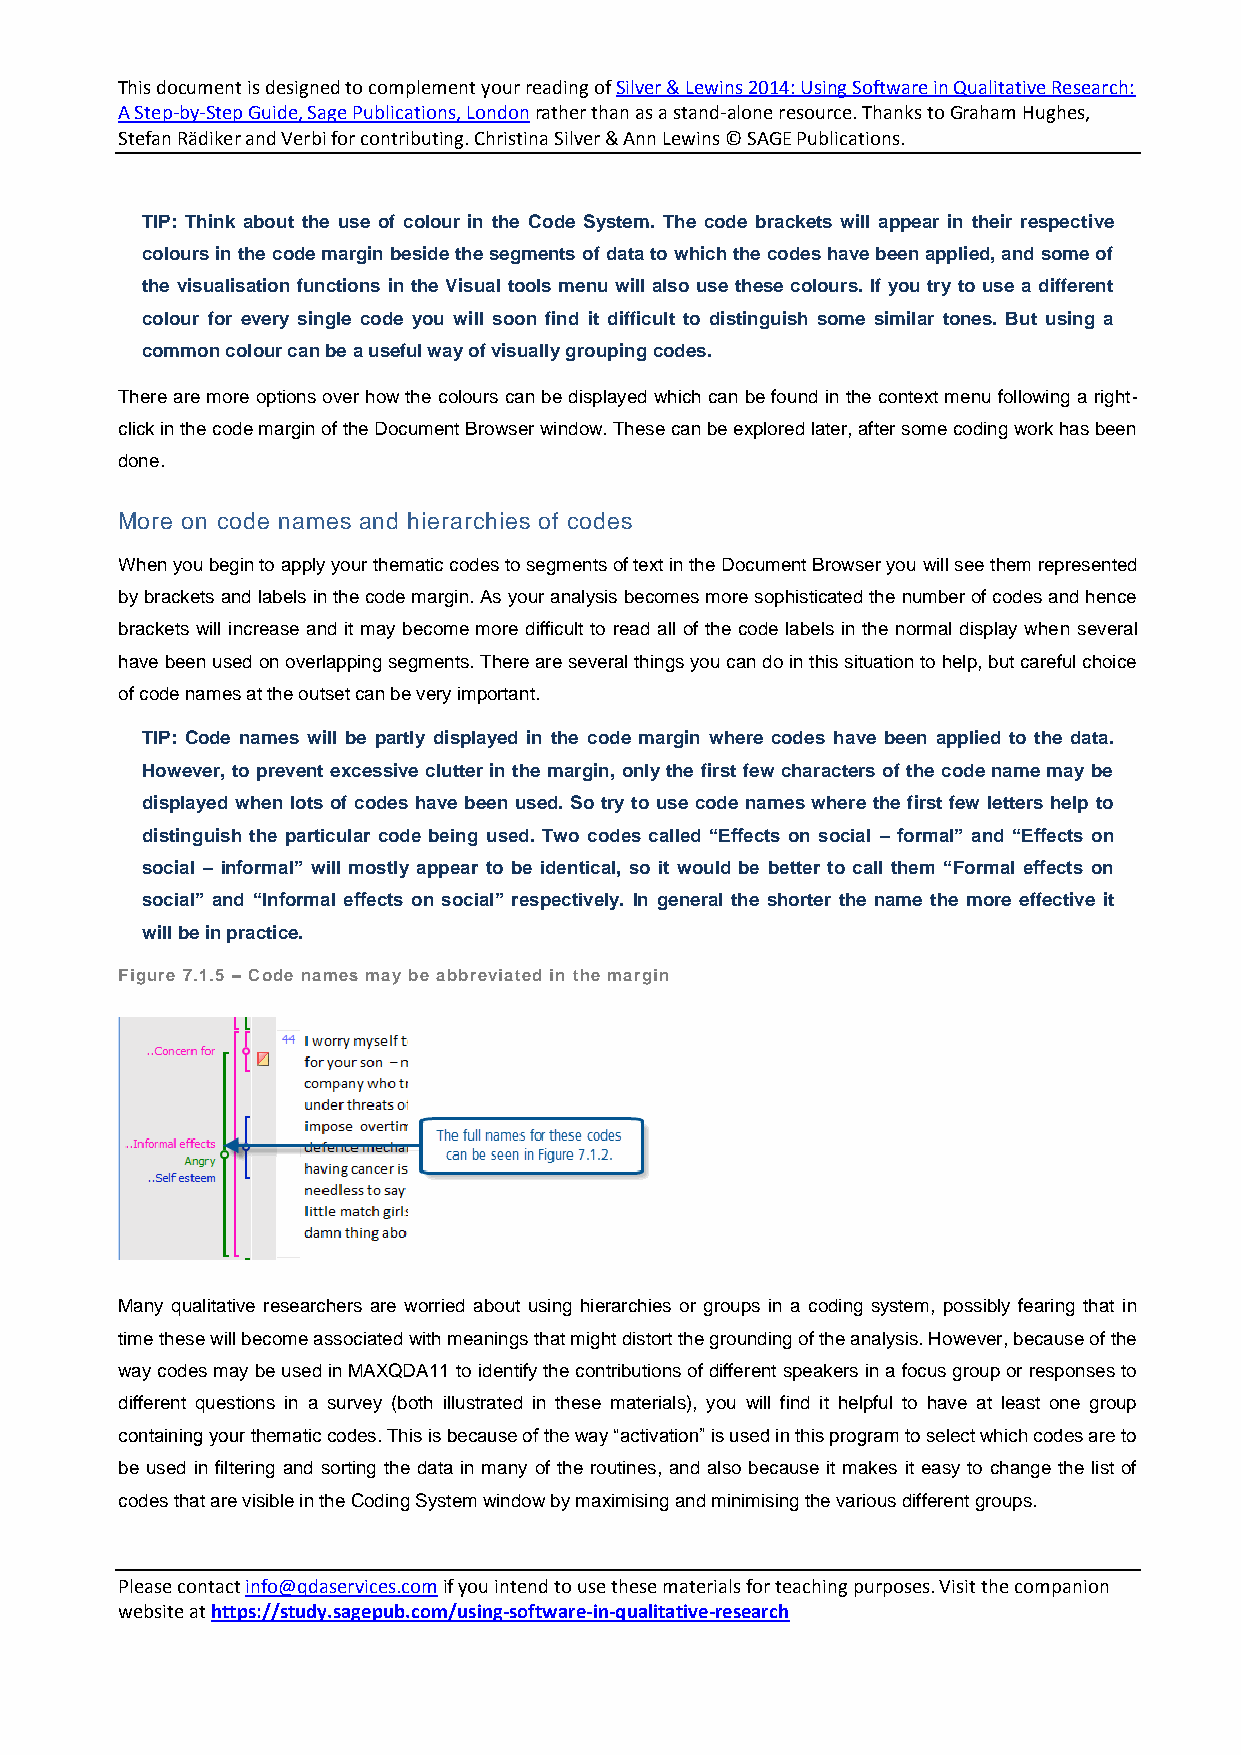
This document is designed to complement your reading of Silver & Lewins 2014: Using Software in Qualitative Research:
 A Step-by-Step Guide, Sage Publications, London rather than as a stand-alone resource. Thanks to Graham Hughes,
 Stefan Rädiker and Verbi for contributing. Christina Silver & Ann Lewins © SAGE Publications.
 TIP: Think about the use of colour in the Code System. The code brackets will appear in their respective
 colours in the code margin beside the segments of data to which the codes have been applied, and some of
 the visualisation functions in the Visual tools menu will also use these colours. If you try to use a different
 colour for every single code you will soon find it difficult to distinguish some similar tones. But using a
 common colour can be a useful way of visually grouping codes.
 There are more options over how the colours can be displayed which can be found in the context menu following a right-
 click in the code margin of the Document Browser window. These can be explored later, after some coding work has been
 done.
 More on code names and hierarchies of codes
 When you begin to apply your thematic codes to segments of text in the Document Browser you will see them represented
 by brackets and labels in the code margin. As your analysis becomes more sophisticated the number of codes and hence
 brackets will increase and it may become more difficult to read all of the code labels in the normal display when several
 have been used on overlapping segments. There are several things you can do in this situation to help, but careful choice
 of code names at the outset can be very important.
 TIP: Code names will be partly displayed in the code margin where codes have been applied to the data.
 However, to prevent excessive clutter in the margin, only the first few characters of the code name may be
 displayed when lots of codes have been used. So try to use code names where the first few letters help to
 distinguish the particular code being used. Two codes called “Effects on social – formal” and “Effects on
 social – informal” will mostly appear to be identical, so it would be better to call them “Formal effects on
 social” and “Informal effects on social” respectively. In general the shorter the name the more effective it
 will be in practice.
 Figure 7.1.5 – Code names may be abbreviated in the margin
 Many qualitative researchers are worried about using hierarchies or groups in a coding system, possibly fearing that in
 time these will become associated with meanings that might distort the grounding of the analysis. However, because of the
 way codes may be used in MAXQDA11 to identify the contributions of different speakers in a focus group or responses to
 different questions in a survey (both illustrated in these materials), you will find it helpful to have at least one group
 containing your thematic codes. This is because of the way “activation” is used in this program to select which codes are to
 be used in filtering and sorting the data in many of the routines, and also because it makes it easy to change the list of
 codes that are visible in the Coding System window by maximising and minimising the various different groups.
 Please contact info@qdaservices.com if you intend to use these materials for teaching purposes. Visit the companion
 website at https://study.sagepub.com/using-software-in-qualitative-research